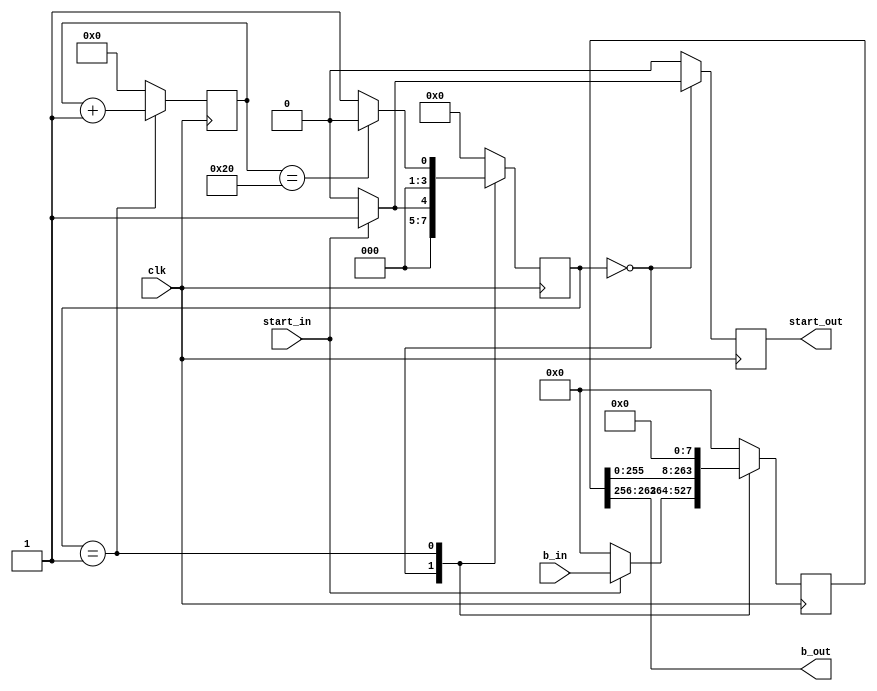
module buff #(
    parameter DATA_BITS = 264,
    parameter BITS = 8
    )(
    input clk,
    input start_in,
    input [DATA_BITS-1:0] b_in,
    output reg start_out,
    output  [BITS-1:0] b_out
    );

    reg [3:0] state;
    localparam IDLE=0, STARTS=1;
    localparam COUNT = DATA_BITS/BITS;
    
    reg [16:0] counter;
    reg [DATA_BITS-1:0] temp;

    always @(posedge clk) begin
        case (state)
            IDLE: begin
                counter <= 0;
                start_out <= 0;
                if (start_in) begin
                    state <= STARTS;
                    start_out <= 1'b1;
                    temp <= b_in;
                end else begin
                    state <= IDLE;
                    temp <= 0;
                end
            end
            STARTS: begin
                start_out <= 0;
                counter <= counter + 1'b1;
                temp <= temp << 8;
                if (counter == COUNT-1)
                    state <= IDLE;
                else
                    state <= STARTS;
            end
            default: begin
                counter <= 0;
                start_out <= 0;
                temp <= 0;
                state <= IDLE;
            end
        endcase
    end

    assign b_out = temp[DATA_BITS-1:DATA_BITS-BITS];

endmodule